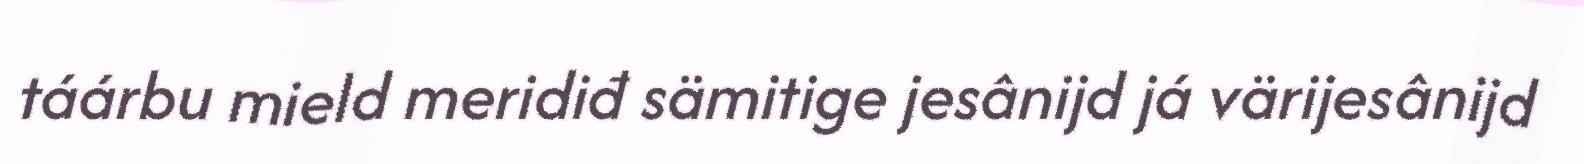
táárbu mield meridiđ sämitige jesânijd já värijesânijd